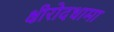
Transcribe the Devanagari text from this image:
क्षीरोदधामा